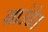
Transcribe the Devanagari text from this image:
ग्राउंडेड